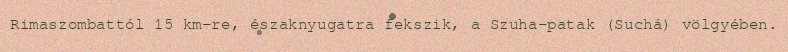
Rimaszombattól 15 km-re, északnyugatra fekszik, a Szuha-patak (Suchá) völgyében.